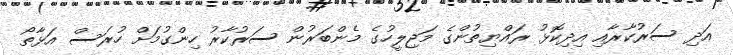
އަދި ސަރުކާރާއި އިދިކޮޅު ރައްޔިތުންގެ މަޖިލީހުގެ މެންބަރުން ސަރުކާރު ހިންގުމަށް ހުރަސް އަޅާތޯ